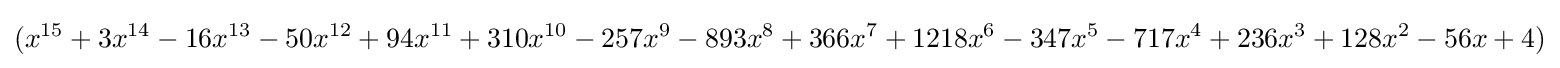
(x^{15}+3x^{14}-16x^{13}-50x^{12}+94x^{11}+310x^{10}-257x^{9}-893x^{8}+366x^{7}+1218x^{6}-347x^{5}-717x^{4}+236x^{3}+128x^{2}-56x+4)